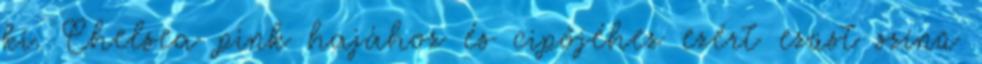
ki. Chelsea pink hajához és cipőjéhez ezért ezüst színű